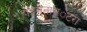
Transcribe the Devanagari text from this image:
हाइमेनाम्‌ॅटरा